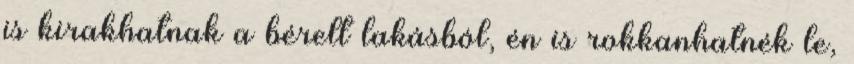
is kirakhatnak a bérelt lakásból, én is rokkanhatnék le,